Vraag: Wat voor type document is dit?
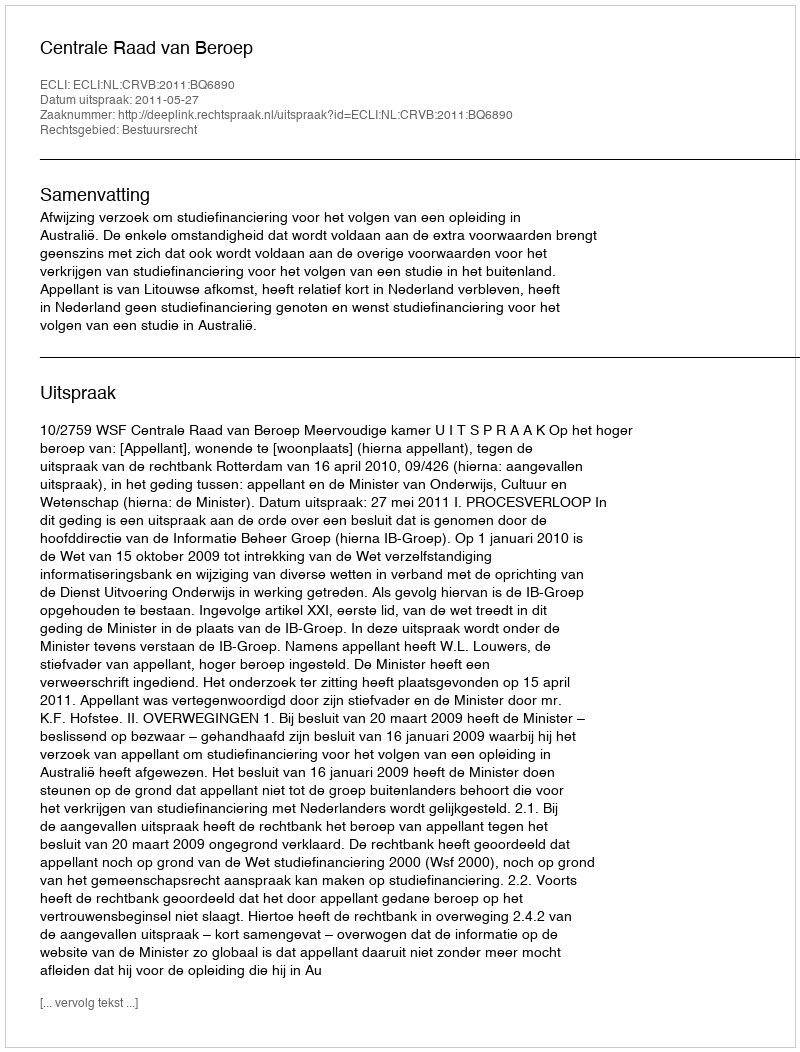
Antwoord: Uitspraak